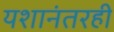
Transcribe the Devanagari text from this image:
यशानंतरही